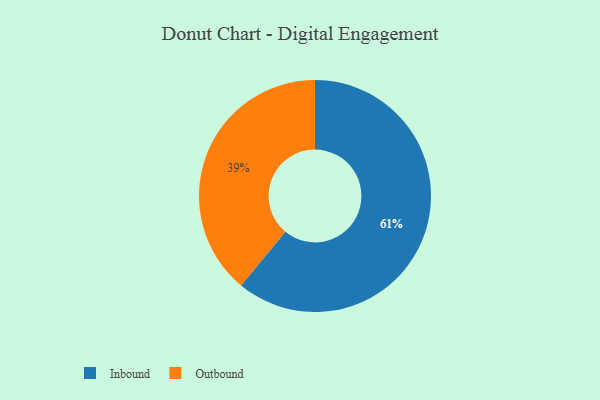
{"axis": {"x": "Category", "y": "Percentage"}, "legend": ["Inbound", "Outbound"], "data": [{"x": "Outbound", "y": 39, "type": "Outbound"}, {"x": "Inbound", "y": 61, "type": "Inbound"}]}